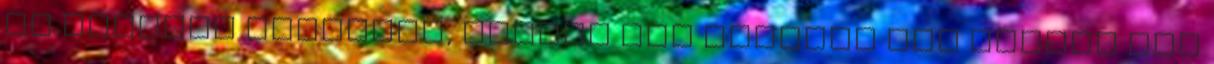
is akadnak közöttük, amiről még esztéta nem ejtett írt